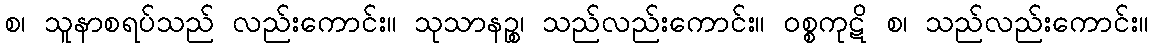
စ၊ သူနာစရပ်သည် လည်းကောင်း။ သုသာနဉ္စ၊ သည်လည်းကောင်း။ ဝစ္စကုဋိ စ၊ သည်လည်းကောင်း။